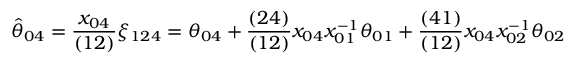
\hat { \theta } _ { 0 4 } = { \frac { x _ { 0 4 } } { ( 1 2 ) } } \xi _ { 1 2 4 } = \theta _ { 0 4 } + { \frac { ( 2 4 ) } { ( 1 2 ) } } x _ { 0 4 } x _ { 0 1 } ^ { - 1 } \theta _ { 0 1 } + { \frac { ( 4 1 ) } { ( 1 2 ) } } x _ { 0 4 } x _ { 0 2 } ^ { - 1 } \theta _ { 0 2 }